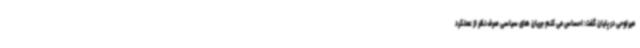
میرلوحی در پایان گفت: احساس می کنم جریان های سیاسی صرف نظر از عملکرد